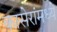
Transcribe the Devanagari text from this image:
कासेरांमध्यें